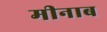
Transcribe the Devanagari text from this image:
मीनाब